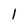
Character: 1